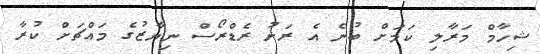
ޝިހާމް މަރާލި ކަމަށް ބުނެ އެ ރަށު ރެޑްރޯސް ނިޔާޒުގެ މައްޗަށް ކުރާ